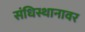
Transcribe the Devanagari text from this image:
संधिस्थानावर